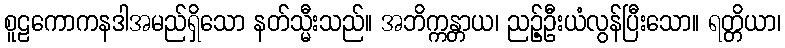
စူဠကောကနဒါအမည်ရှိသော နတ်သ္မီးသည်။ အဘိက္ကန္တာယ၊ ညဉ့်ဦးယံလွန်ပြီးသော။ ရတ္တိယာ၊